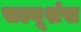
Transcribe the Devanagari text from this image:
सल्यूशंस